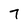
Character: 7